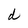
Character: d